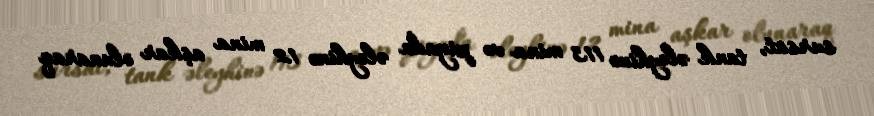
sursat, tank əleyhinə 113 mina və piyada əleyhinə 12 mina aşkar olunaraq